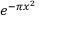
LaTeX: e ^ { - \pi x ^ { 2 } }